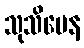
သုသိမေန